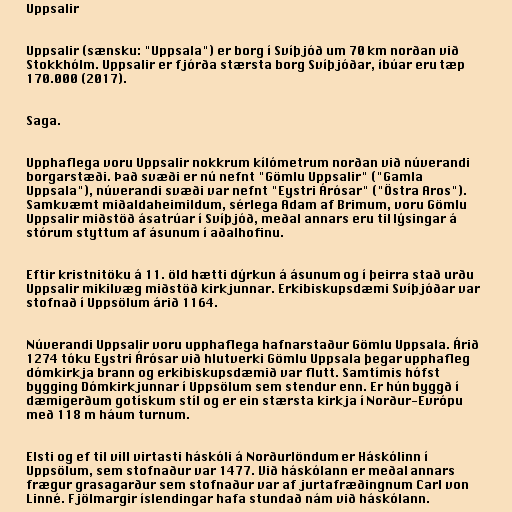
Uppsalir

Uppsalir (sænsku: "Uppsala") er borg í Svíþjóð um 70 km norðan við
Stokkhólm. Uppsalir er fjórða stærsta borg Svíþjóðar, íbúar eru tæp
170.000 (2017).

Saga.

Upphaflega voru Uppsalir nokkrum kílómetrum norðan við núverandi
borgarstæði. Það svæði er nú nefnt "Gömlu Uppsalir" ("Gamla
Uppsala"), núverandi svæði var nefnt "Eystri Árósar" ("Östra Aros").
Samkvæmt miðaldaheimildum, sérlega Adam af Brimum, voru Gömlu
Uppsalir miðstöð ásatrúar í Svíþjóð, meðal annars eru til lýsingar á
stórum styttum af ásunum í aðalhofinu.

Eftir kristnitöku á 11. öld hætti dýrkun á ásunum og í þeirra stað urðu
Uppsalir mikilvæg miðstöð kirkjunnar. Erkibiskupsdæmi Svíþjóðar var
stofnað í Uppsölum árið 1164.

Núverandi Uppsalir voru upphaflega hafnarstaður Gömlu Uppsala. Árið
1274 tóku Eystri Árósar við hlutverki Gömlu Uppsala þegar upphafleg
dómkirkja brann og erkibiskupsdæmið var flutt. Samtímis hófst
bygging Dómkirkjunnar í Uppsölum sem stendur enn. Er hún byggð í
dæmigerðum gotískum stíl og er ein stærsta kirkja í Norður-Evrópu
með 118 m háum turnum.

Elsti og ef til vill virtasti háskóli á Norðurlöndum er Háskólinn í
Uppsölum, sem stofnaður var 1477. Við háskólann er meðal annars
frægur grasagarður sem stofnaður var af jurtafræðingnum Carl von
Linné. Fjölmargir íslendingar hafa stundað nám við háskólann.